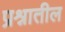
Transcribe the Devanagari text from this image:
प्रश्नातील